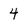
Character: 4